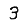
Digit: 3